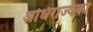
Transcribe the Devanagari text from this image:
अधिराज्यका